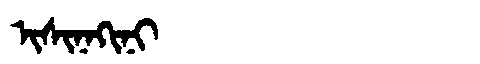
Manchu: ᡳᠰᡳᠨᠠᡴᡳᠨᡳ
Romanization: ISINAKINI